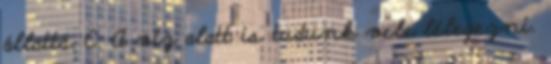
állattá. C. A víz alatt is tudunk vele lélegezni.